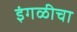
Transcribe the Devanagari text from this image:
इंगळीचा